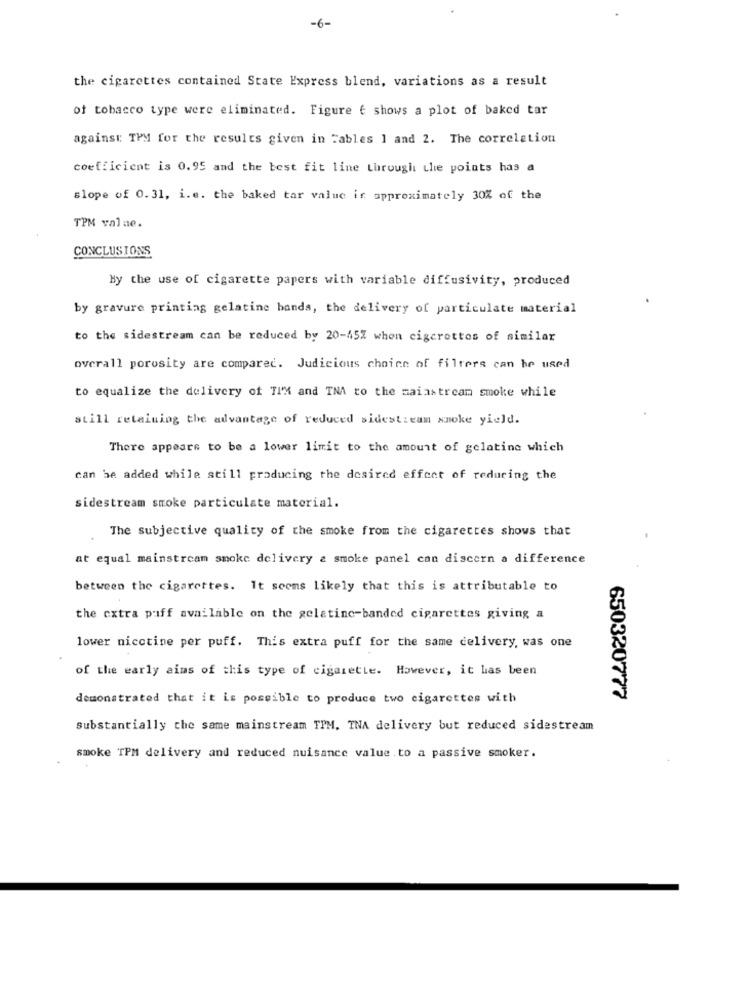
-6-
the cigarettes contained State Express blend, variations as a result
of tobacco type were eliminated. Figure € shows a plot of baked tar
against TPM for the results given in Tables 1 and 2. The correlation
coefficient is 0.95 and the best fit line through the points has a
slope of 0.31, i.e. the baked tar value is approximately 30% of the
TPM val ne.
CONCLUSIONS
By the use of cigarette papers with variable diffusivity, produced
by gravure printing gelatine bands, the delivery of particulate material
to the sidestream can be reduced by 20-45% when cigcrottos of similar
overall porosity are compared. Judicious choice of filters can be used
to equalize the delivery of TI'M and TNA to the maiastream smoke while
still retaining the advantage of reduced sidestream smoke yield.
There appears to be a lower limit to the amount of gelatine which
can be added while still producing the desired effect of reducing the
sidestream smoke particulate material.
The subjective quality of the smoke from the cigarettes shows that
at equal mainstream smoke delivery & smoke panel can discern a difference
between the cigarettes. It seems likely that this is attributable to
the extra puff available on the gelatine-banded cigarettes giving a
lower nicotine per puff. This extra puff for the same delivery, was one
of the early aims of this type of cigarette. However, it has been
demonstrated that it is possible to produce two cigarettes with
650320777
substantially the same mainstream TPM. TNA delivery but reduced sidestream
smoke TPM delivery and reduced nuisance value.to a passive smoker.